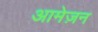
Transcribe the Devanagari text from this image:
आमेज़न